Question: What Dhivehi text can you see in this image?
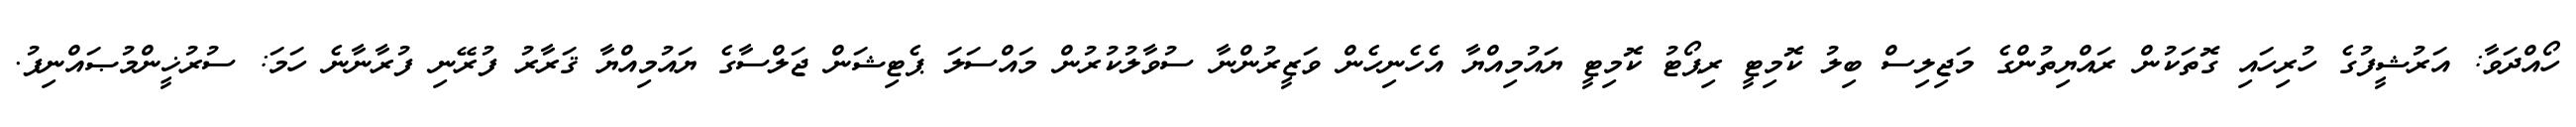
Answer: ހޯއްދަވާ: އަރުޝީފުގެ ހުރިހައި ގޮތަކުން ރައްޔިތުންގެ މަޖިލިސް ބިލު ކޮމިޓީ ރިޕޯޓު ކޮމިޓީ ޔައުމިއްޔާ އެހެނިހެން ވަޒީރުންނާ ސުވާލުކުރުން މައްސަލަ ޕެޓިޝަން ޖަލްސާގެ ޔައުމިއްޔާ ޤަރާރު ފުރޭނި ފުރާނާނެ ހަމަ: ސުރުޚީންމުޞައްނިފު.